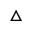
\triangle